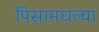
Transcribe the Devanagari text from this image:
पिसामधल्या